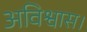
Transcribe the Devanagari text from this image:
अविश्वास।